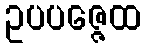
ဥပပဇ္ဇေထ